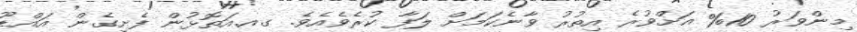
މިންވަރު 10% އަށްވުރެ އިތުރު ވާނެކަމަށް ލަފާ ކުރެވެއެވެ. ގއ.އަތޮޅުން ފެށިގެން އައްޑޫ